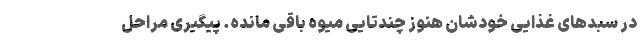
در سبدهای غذایی خودشان هنوز چندتایی میوه باقی مانده. پیگیری مراحل